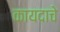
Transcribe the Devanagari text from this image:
कायदाचे